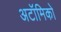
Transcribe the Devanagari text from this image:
अटॉमिको